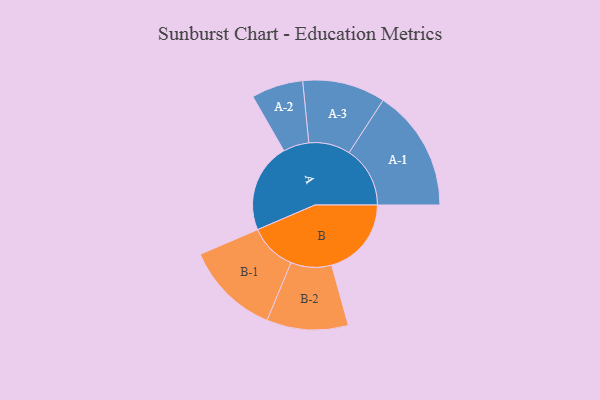
{"axis": {"x": "Segment", "y": "Value"}, "legend": ["", "A", "B"], "data": [{"x": "A", "y": 366, "type": ""}, {"x": "B", "y": 327, "type": ""}, {"x": "A-1", "y": 250, "type": "A"}, {"x": "A-2", "y": 106, "type": "A"}, {"x": "A-3", "y": 170, "type": "A"}, {"x": "B-1", "y": 194, "type": "B"}, {"x": "B-2", "y": 167, "type": "B"}]}